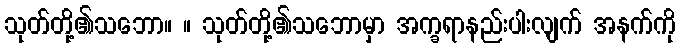
သုတ်တို့၏သဘော။ ။ သုတ်တို့၏သဘောမှာ အက္ခရာနည်းပါးလျက် အနက်ကို